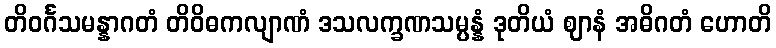
တိဝင်္ဂသမန္နာဂတံ တိဝိဓကလျာဏံ ဒသလက္ခဏသမ္ပန္နံ ဒုတိယံ ဈာနံ အဓိဂတံ ဟောတိ